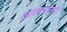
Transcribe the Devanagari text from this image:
सल्लागारांचे